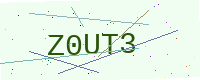
Text: Z0UT3